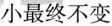
小最终不变